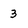
Character: 3